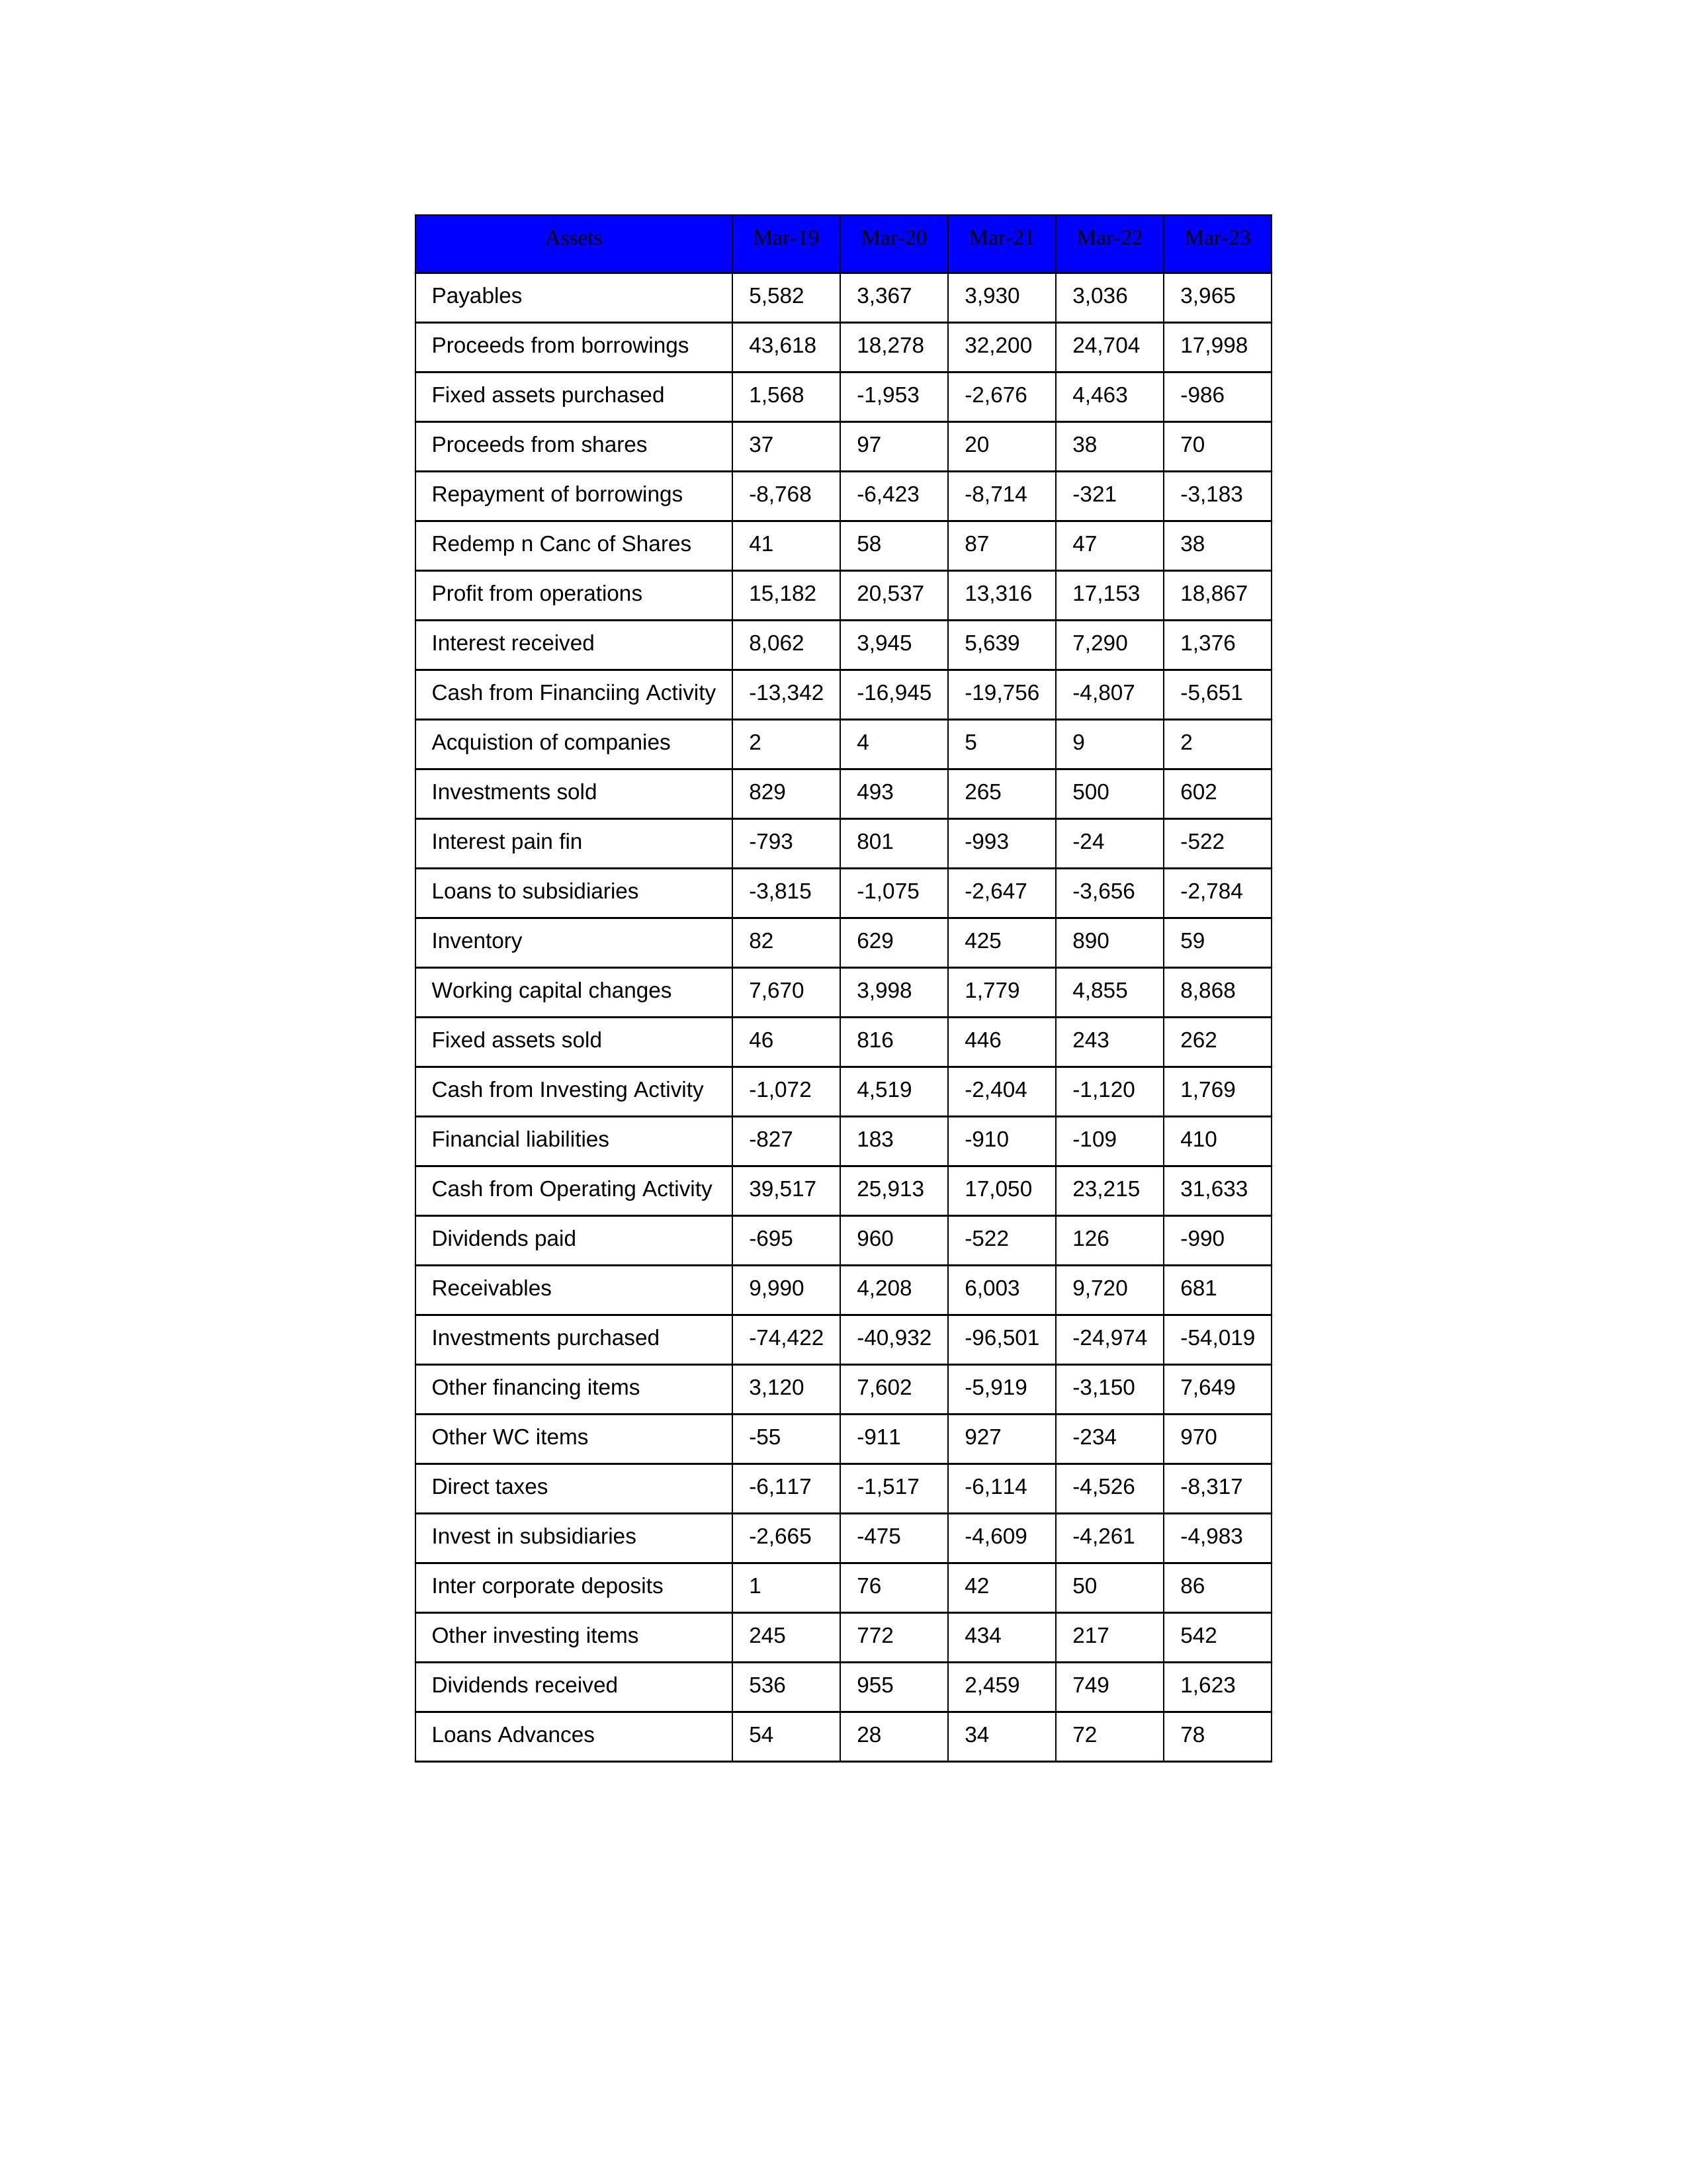
gt_parse: Mar-19: Cash from Operating Activity: 39,517
Profit from operations: 15,182
Receivables: 9,990
Inventory: 82
Payables: 5,582
Loans Advances: 54
Other WC items: -55
Working capital changes: 7,670
Direct taxes: -6,117
Cash from Investing Activity: -1,072
Fixed assets purchased: 1,568
Fixed assets sold: 46
Investments purchased: -74,422
Investments sold: 829
Interest received: 8,062
Dividends received: 536
Invest in subsidiaries: -2,665
Loans to subsidiaries: -3,815
Redemp n Canc of Shares: 41
Acquistion of companies: 2
Inter corporate deposits: 1
Other investing items: 245
Cash from Financiing Activity: -13,342
Proceeds from shares: 37
Proceeds from borrowings: 43,618
Repayment of borrowings: -8,768
Interest pain fin: -793
Dividends paid: -695
Financial liabilities: -827
Other financing items: 3,120
Mar-20: Cash from Operating Activity: 25,913
Profit from operations: 20,537
Receivables: 4,208
Inventory: 629
Payables: 3,367
Loans Advances: 28
Other WC items: -911
Working capital changes: 3,998
Direct taxes: -1,517
Cash from Investing Activity: 4,519
Fixed assets purchased: -1,953
Fixed assets sold: 816
Investments purchased: -40,932
Investments sold: 493
Interest received: 3,945
Dividends received: 955
Invest in subsidiaries: -475
Loans to subsidiaries: -1,075
Redemp n Canc of Shares: 58
Acquistion of companies: 4
Inter corporate deposits: 76
Other investing items: 772
Cash from Financiing Activity: -16,945
Proceeds from shares: 97
Proceeds from borrowings: 18,278
Repayment of borrowings: -6,423
Interest pain fin: 801
Dividends paid: 960
Financial liabilities: 183
Other financing items: 7,602
Mar-21: Cash from Operating Activity: 17,050
Profit from operations: 13,316
Receivables: 6,003
Inventory: 425
Payables: 3,930
Loans Advances: 34
Other WC items: 927
Working capital changes: 1,779
Direct taxes: -6,114
Cash from Investing Activity: -2,404
Fixed assets purchased: -2,676
Fixed assets sold: 446
Investments purchased: -96,501
Investments sold: 265
Interest received: 5,639
Dividends received: 2,459
Invest in subsidiaries: -4,609
Loans to subsidiaries: -2,647
Redemp n Canc of Shares: 87
Acquistion of companies: 5
Inter corporate deposits: 42
Other investing items: 434
Cash from Financiing Activity: -19,756
Proceeds from shares: 20
Proceeds from borrowings: 32,200
Repayment of borrowings: -8,714
Interest pain fin: -993
Dividends paid: -522
Financial liabilities: -910
Other financing items: -5,919
Mar-22: Cash from Operating Activity: 23,215
Profit from operations: 17,153
Receivables: 9,720
Inventory: 890
Payables: 3,036
Loans Advances: 72
Other WC items: -234
Working capital changes: 4,855
Direct taxes: -4,526
Cash from Investing Activity: -1,120
Fixed assets purchased: 4,463
Fixed assets sold: 243
Investments purchased: -24,974
Investments sold: 500
Interest received: 7,290
Dividends received: 749
Invest in subsidiaries: -4,261
Loans to subsidiaries: -3,656
Redemp n Canc of Shares: 47
Acquistion of companies: 9
Inter corporate deposits: 50
Other investing items: 217
Cash from Financiing Activity: -4,807
Proceeds from shares: 38
Proceeds from borrowings: 24,704
Repayment of borrowings: -321
Interest pain fin: -24
Dividends paid: 126
Financial liabilities: -109
Other financing items: -3,150
Mar-23: Cash from Operating Activity: 31,633
Profit from operations: 18,867
Receivables: 681
Inventory: 59
Payables: 3,965
Loans Advances: 78
Other WC items: 970
Working capital changes: 8,868
Direct taxes: -8,317
Cash from Investing Activity: 1,769
Fixed assets purchased: -986
Fixed assets sold: 262
Investments purchased: -54,019
Investments sold: 602
Interest received: 1,376
Dividends received: 1,623
Invest in subsidiaries: -4,983
Loans to subsidiaries: -2,784
Redemp n Canc of Shares: 38
Acquistion of companies: 2
Inter corporate deposits: 86
Other investing items: 542
Cash from Financiing Activity: -5,651
Proceeds from shares: 70
Proceeds from borrowings: 17,998
Repayment of borrowings: -3,183
Interest pain fin: -522
Dividends paid: -990
Financial liabilities: 410
Other financing items: 7,649